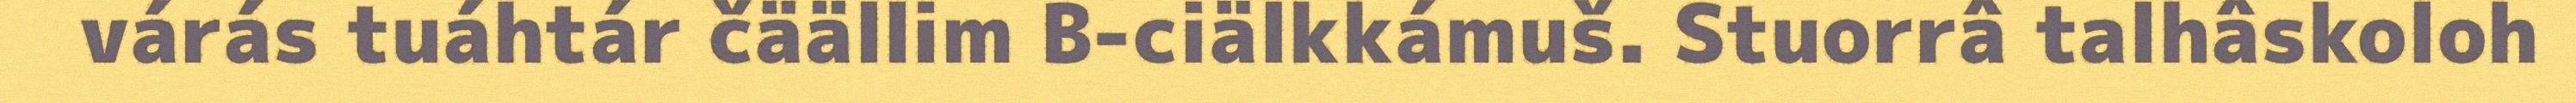
várás tuáhtár čäällim B-ciälkkámuš. Stuorrâ talhâskoloh